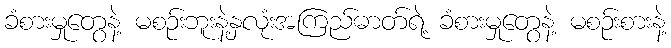
ခံစားမှုတွေနဲ့ မစဉ်းဘူးနဲ့နှလုံးအကြည်ဓာတ်ရဲ့ ခံစားမှုတွေနဲ့ မစဉ်းစားနဲ့